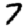
Digit: 7